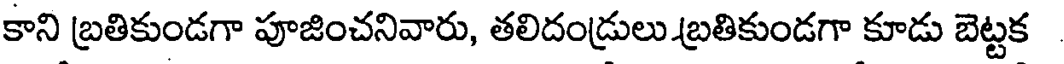
కాని బ్రతికుండగా పూజించనివారు, తలిదండ్రులు.బ్రతికుండగా కూడు బెట్టక